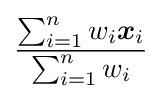
{\frac {\sum _{i=1}^{n}w_{i}{\boldsymbol {x}}_{i}}{\sum _{i=1}^{n}w_{i}}}